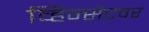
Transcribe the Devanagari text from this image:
व्हिन्सेंटवर